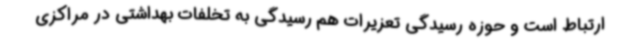
ارتباط است و حوزه رسیدگی تعزیرات هم رسیدگی به تخلفات بهداشتی در مراکزی